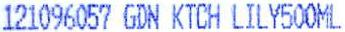
121096057 GDN KTCH LILY500ML